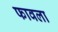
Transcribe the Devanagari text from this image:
फावला